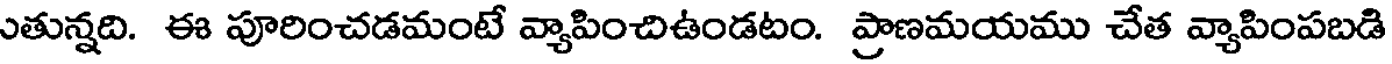
ుతున్నది. ఈ పూరించడమంటే వ్యాపించిఉండటం. ప్రాణమయము చేత వ్యాపింపబడి